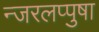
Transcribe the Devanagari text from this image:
न्जरलप्पुषा